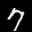
Label: 7